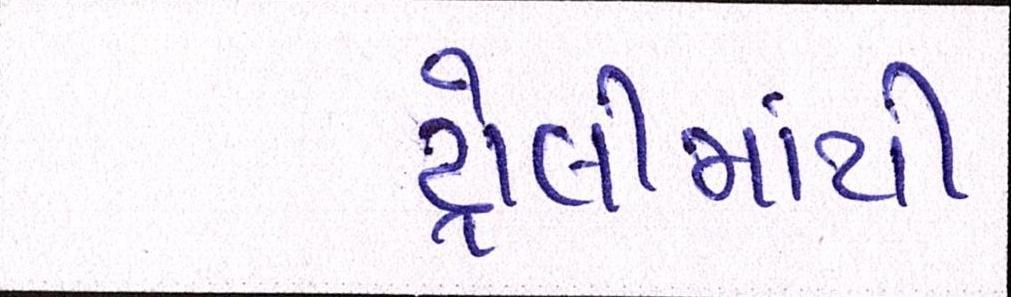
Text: ટ્રોલીમાંથી